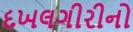
દખલગીરીનો